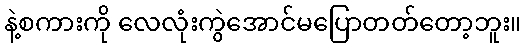
နဲ့စကားကို လေလုံးကွဲအောင်မပြောတတ်တော့ဘူး။